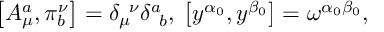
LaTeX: \left[ A _ { \mu } ^ { a } , \pi _ { b } ^ { \nu } \right] = \delta _ { \mu } ^ { \; \; \nu } \delta _ { \; \; b } ^ { a } , \; \left[ y ^ { \alpha _ { 0 } } , y ^ { \beta _ { 0 } } \right] = \omega ^ { \alpha _ { 0 } \beta _ { 0 } } ,